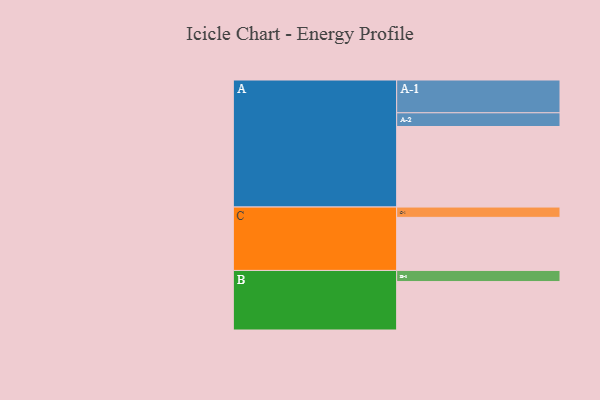
{"axis": {"x": "Segment", "y": "Value"}, "legend": ["", "A", "B", "C"], "data": [{"x": "A", "y": 587, "type": ""}, {"x": "B", "y": 353, "type": ""}, {"x": "C", "y": 387, "type": ""}, {"x": "A-1", "y": 239, "type": "A"}, {"x": "A-2", "y": 100, "type": "A"}, {"x": "B-1", "y": 81, "type": "B"}, {"x": "C-1", "y": 75, "type": "C"}]}